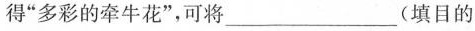
得”多彩的牵牛花”，可将___(填目的